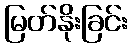
မြတ်နိုးခြင်း